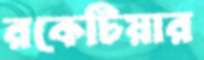
রকেটিয়ার